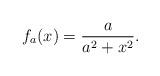
LaTeX: \begin{align*} f_{a}(x)=\dfrac{a}{a^2+x^2}.\end{align*}